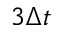
3 \Delta t